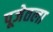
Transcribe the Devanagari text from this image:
पूजेतला